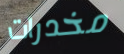
مخدرات